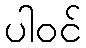
ပါဝင်